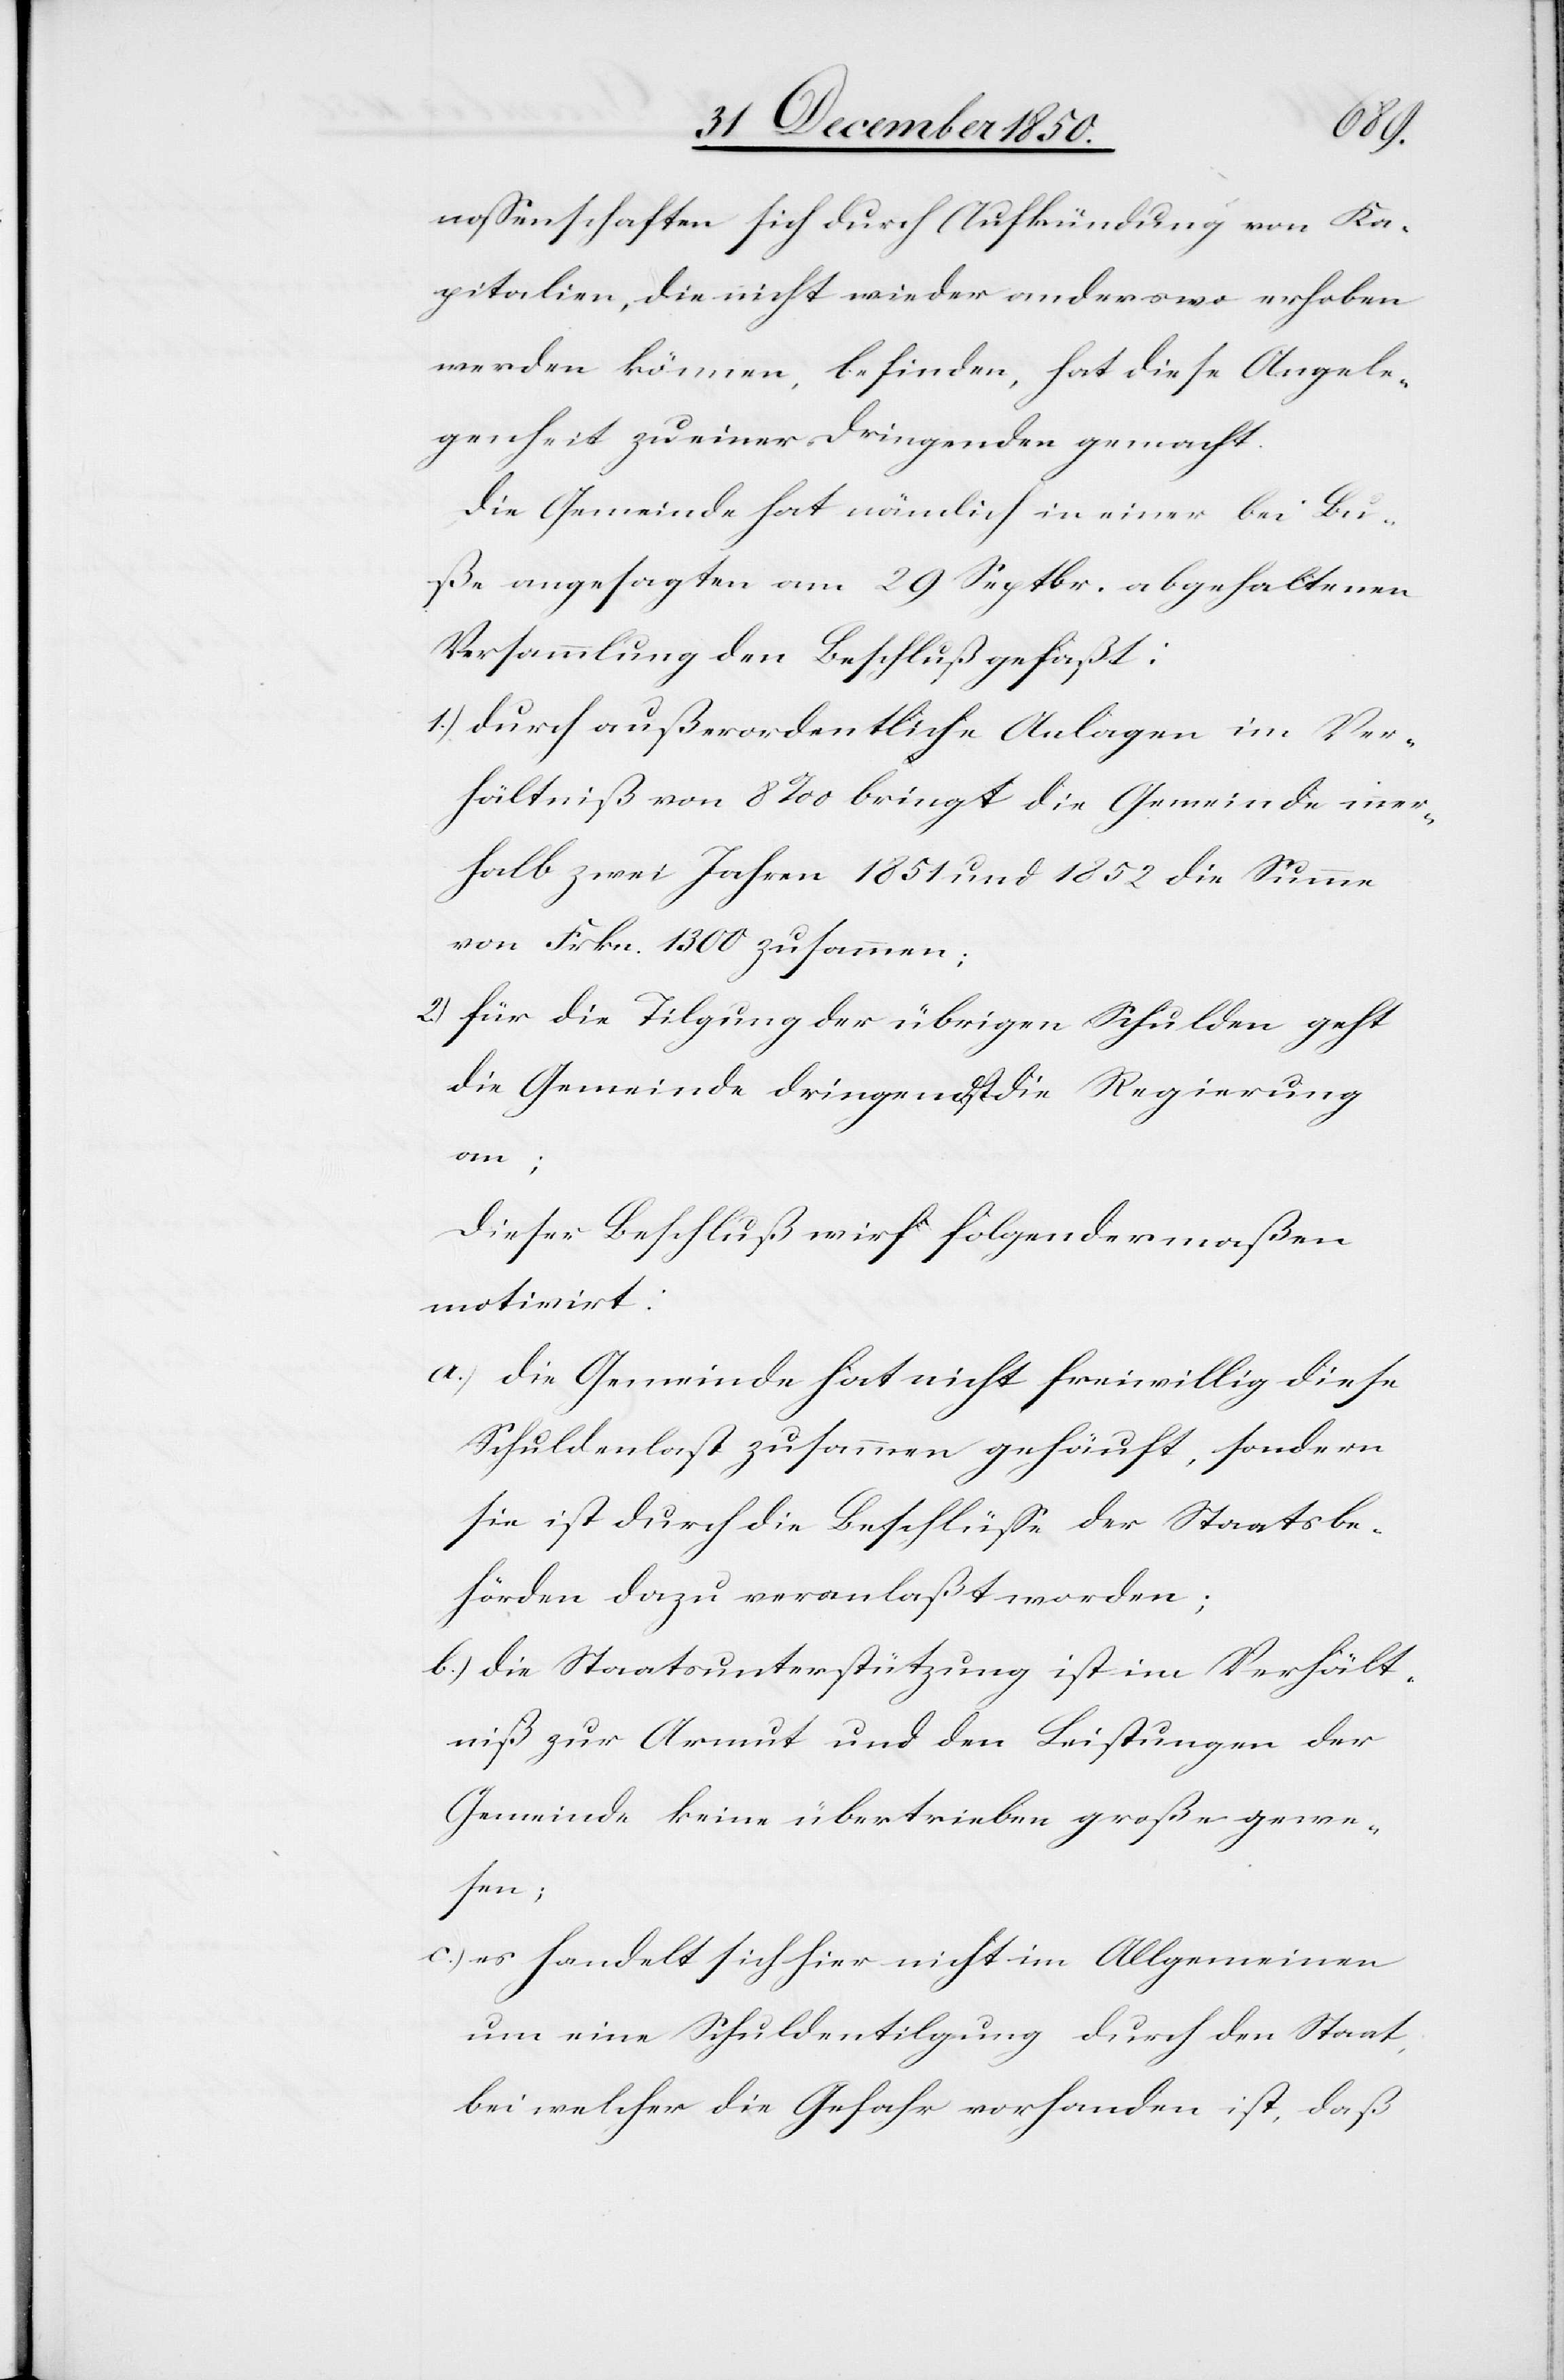
nossenschaften sich durch Aufkündung von Ka¬
pitalien, die nicht wieder anderswo erhoben
werden können, befinden, hat diese Angele¬
genheit zu einer Dringenden gemacht.
Die Gemeinde hat nämlich in einer bei Bu¬
ße angesagten am 29 Septbr. abgehaltenen
Versammlung den Beschluß gefaßt:
1.) durch außerordentliche Anlagen im Ver¬
hältniß von 8 ‰ bringt die Gemeinde inner¬
halb [den] zwei Jahren 1851 und 1852 die Summe
von Frkn. 1300 zusammen;
2.) für die Tilgung der übrigen Schulden geht
die Gemeinde dringendst die Regierung
wir¬
d]
motivirt:
a.) Die Gemeinde hat nicht freiwillig diese
Schuldenlast zusammen gehäuft, sondern
sie ist durch die Beschlüsse der Staatsbe¬
hörden dazu veranlaßt worden;
b.) die Staatsunterstützung ist im Verhält¬
niß zur Armut und den Leistungen der
Gemeinde keine übertrieben große gewe¬
sen;
c.) es handelt sich hier nicht im Allgemeinen
um eine Schuldentilgung durch den Staat,
bei welcher die Gefahr vorhanden ist, daß